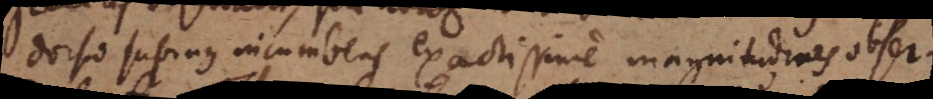
dorso supinus incumbens exactissime magnitudines obser